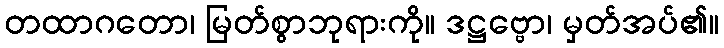
တထာဂတော၊ မြတ်စွာဘုရားကို။ ဒဋ္ဌဗ္ဗော၊ မှတ်အပ်၏။